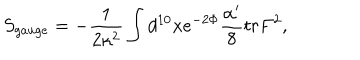
LaTeX: S _ { g a u g e } = - \frac { 1 } { 2 \kappa ^ { 2 } } \int d ^ { 1 0 } x e ^ { - 2 \Phi } \frac { \alpha ^ { \prime } } { 8 } t r F ^ { 2 } ,